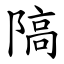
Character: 䧚